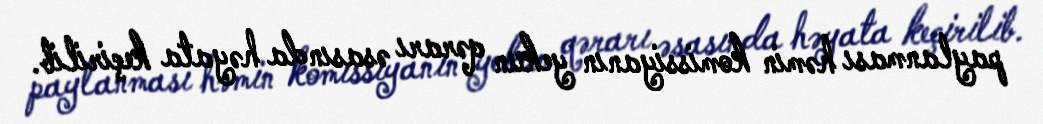
paylanması həmin komissiyanın yekun qərarı əsasında həyata keçirilib.